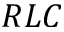
R L C